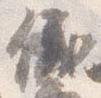
儀